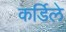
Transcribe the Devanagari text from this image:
कर्डिले